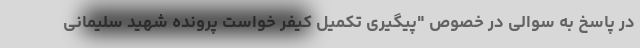
در پاسخ به سوالی در خصوص "پیگیری تکمیل کیفر خواست پرونده شهید سلیمانی